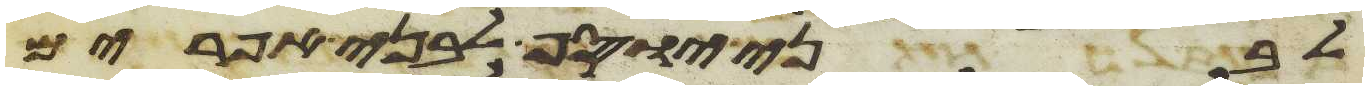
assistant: לבני יוסף לבני אפרים